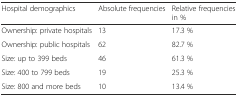
<table><thead><tr><td><b>Hospital demographics</b></td><td><b>Absolute frequencies</b></td><td><b>Relative frequencies in %</b></td></tr></thead><tbody><tr><td>Ownership: private hospitals</td><td>13</td><td>17.3 %</td></tr><tr><td>Ownership: public hospitals</td><td>62</td><td>82.7 %</td></tr><tr><td>Size: up to 399 beds</td><td>46</td><td>61.3 %</td></tr><tr><td>Size: 400 to 799 beds</td><td>19</td><td>25.3 %</td></tr><tr><td>Size: 800 and more beds</td><td>10</td><td>13.4 %</td></tr></tbody></table>